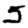
Digit: 5